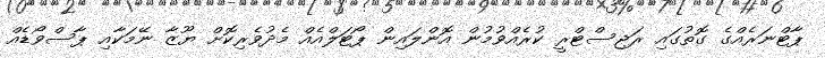
ޕާޓްނަރެއްގެ ގޮތުގައި ރަޖިސްޓްރީ ކުރެއްވުމުން އޮންލައިން ޕޯޓަލްއެއް މެދުވެރިކޮށް ޔޫޒާ ނޭމަކާއި ޕާސްވޯޑެއް